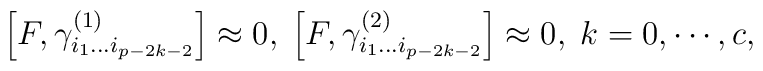
\left[ F,\gamma _{i_1\ldots i_{p-2k-2}}^{(1)}\right] \approx0,\;\left[ F,\gamma _{i_1\ldots i_{p-2k-2}}^{(2)}\right] \approx0,\;k=0,\cdots ,c,